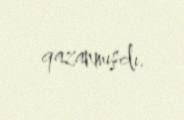
qazanmışdı.